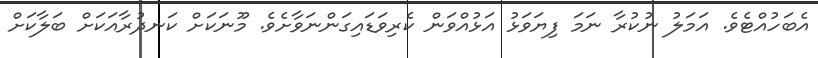
އެބަހުއްޓެވެ. އަމަލު ނުކުރާ ނަަމަ ފިޔަވަޅު އަޅުއްވަން ކެރިވަޑައިގަންނަވާށެވެ. މޫނަކަށް ކަނދުރާއަކަށް ބަލާކަށް